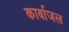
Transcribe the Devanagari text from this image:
कार्बाजल